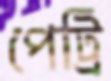
পেট্রি